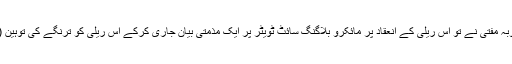
دوسری جانب ریاستی وزیر اعلیٰ اور بی جے پی کی حلیف محبوبہ مفتی نے تو اِس ریلی کے انعقاد پر مائکرو بلاگنگ سائٹ ٹویٹر پر ایک مذمتی بیان جاری کرکے اس ریلی کو ترنگے کی توہین (Desecration) قرار دے کر اِس ریلی سے اپنا دامن چھڑا لیا۔